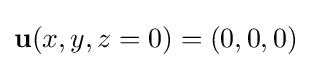
{\bf {u}}(x,y,z=0)=(0,0,0)